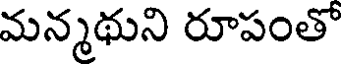
మన్మథుని రూపంతో